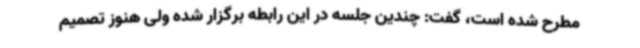
مطرح شده است، گفت: چندین جلسه در این رابطه برگزار شده ولی هنوز تصمیم